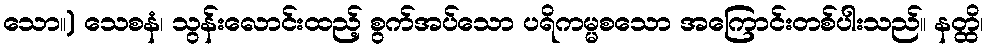
သော။) သေစနံ၊ သွန်းလောင်းထည့် စွက်အပ်သော ပရိကမ္မစသော အကြောင်းတစ်ပါးသည်။ နတ္ထိ၊